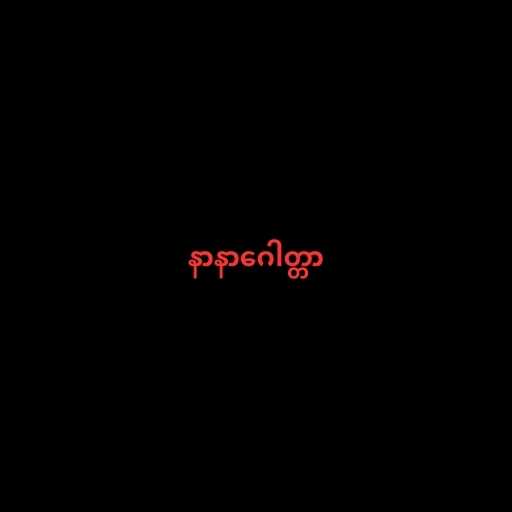
နာနာဂေါတ္တာ